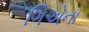
ગિએના